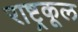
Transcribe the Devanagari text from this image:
राष्ट्रकूल